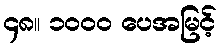
၄၈။ ၁၀၀၀ ပေအမြင့်